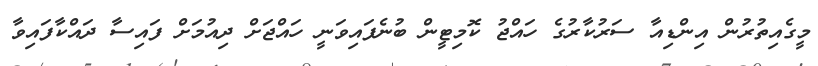
މީގެއިތުރުން އިންޑިއާ ސަރުކާރުގެ ހައްޖު ކޮމިޓީން ބުނެފައިވަނީ ހައްޖަށް ދިއުމަށް ފައިސާ ދައްކާފައިވާ